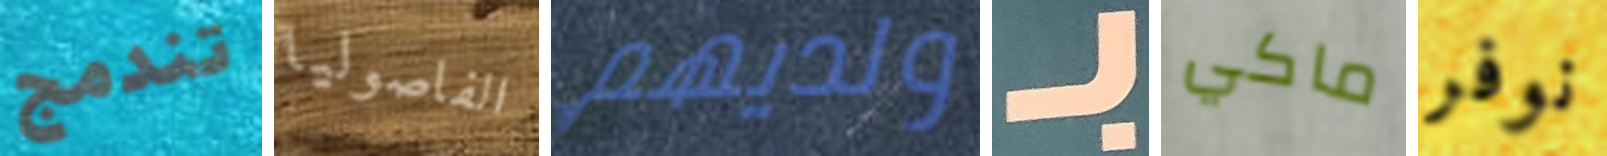
تندمج الفاصوليا ولديهم بـ ماكي نوفر